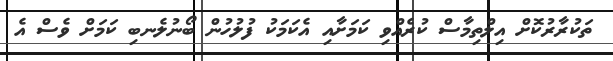
ތަކުރާރުކޮށް އިލްތިމާސް ކުރެއްވި ކަމަށާއި އެކަމަކު ފުލުހުން ބޯނުލެނބި ކަމަށް ވެސް އެ